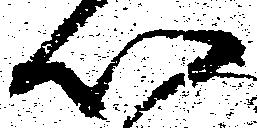
以